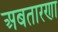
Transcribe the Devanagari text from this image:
अबतारणा